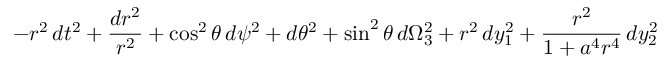
- r ^ { 2 } \, d t ^ { 2 } + { \frac { d r ^ { 2 } } { r ^ { 2 } } } + \cos ^ { 2 } \theta \, d \psi ^ { 2 } + d \theta ^ { 2 } + \sin ^ { 2 } \theta \, d \Omega _ { 3 } ^ { 2 } + r ^ { 2 } \, d y _ { 1 } ^ { 2 } + { \frac { r ^ { 2 } } { 1 + a ^ { 4 } r ^ { 4 } } } \, d y _ { 2 } ^ { 2 }